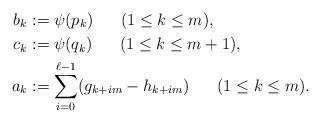
LaTeX: \begin{align*}b_k &:= \psi(p_k)\;\;\;\;\;\; (1\leq k\leq m),\\c_k &:= \psi(q_k)\;\;\;\;\;\; (1\leq k\leq m+1),\\a_k &:= \sum_{i=0}^{\ell-1} (g_{k+im} - h_{k+im})\;\;\;\;\;\; (1\leq k\leq m).\end{align*}